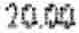
20.00